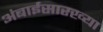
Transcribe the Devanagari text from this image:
अंबाईसारख्या